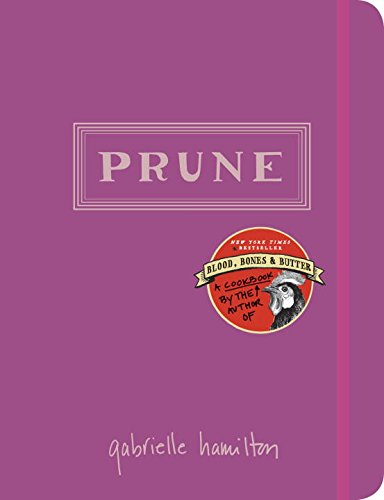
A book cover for Prune; Gabrielle Hamilton; Cookbooks, Food & Wine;